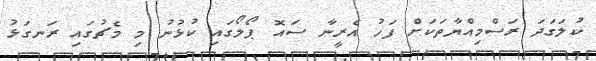
ކުލަގަދަ ރަސްމިއްޔާތަކަށް ފަހު އެރީނާ ސައޮ ޕޯލޯގައި ކުޅުނު މި މެޗުގައި ރަނގަޅު